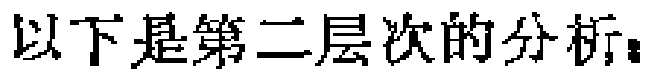
以下是第二层次的分析：